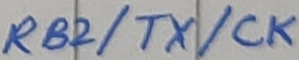
Text: RB2/TX/CK